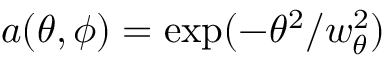
a ( \theta , \phi ) = \exp ( - \theta ^ { 2 } / w _ { \theta } ^ { 2 } )